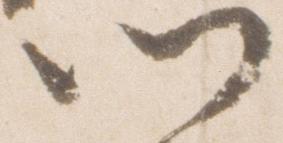
候